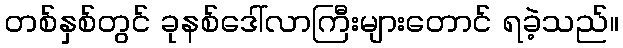
တစ်နှစ်တွင် ခုနစ်ဒေါ်လာကြီးများတောင် ရခဲ့သည်။